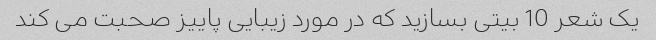
یک شعر 10 بیتی بسازید که در مورد زیبایی پاییز صحبت می کند